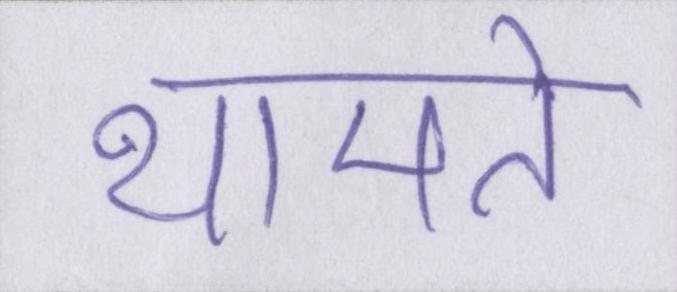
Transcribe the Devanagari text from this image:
थामते